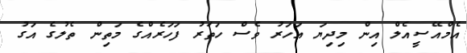
އެމްއޭސީއެލް އިން މިދިޔަ އަހަރު ވެސް ހަތަރު ފަހަރެއްގެ މަތިން ތެލުގެ އަގު